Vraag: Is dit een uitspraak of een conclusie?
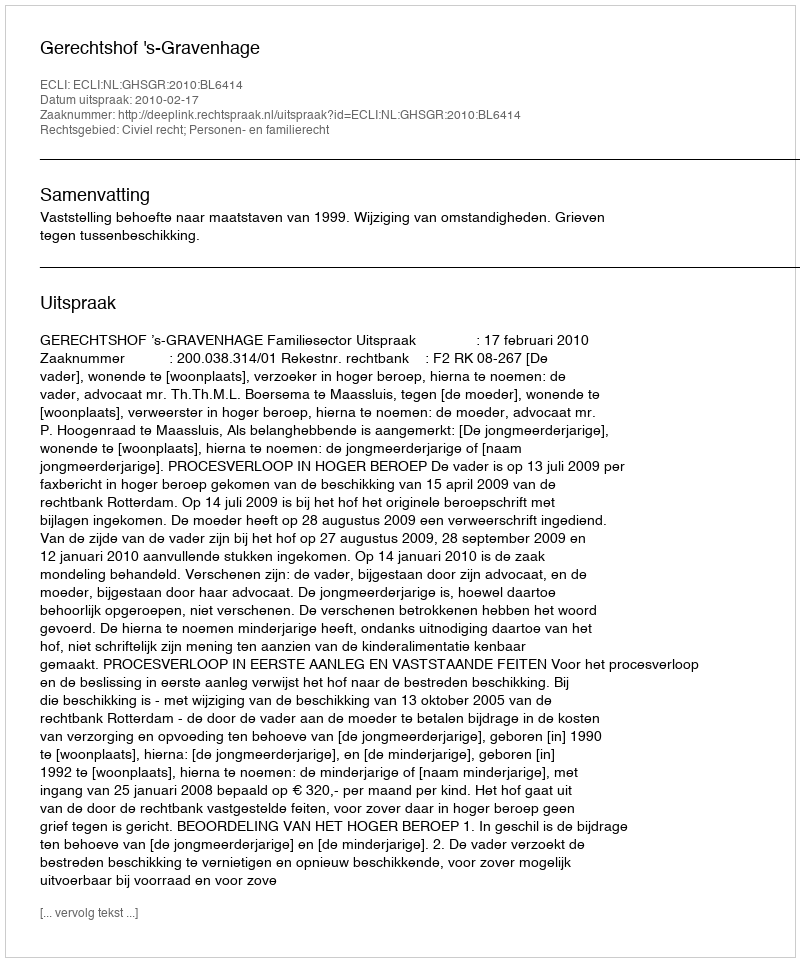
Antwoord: Uitspraak